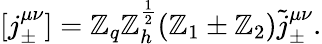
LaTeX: [j_{\pm}^{\mu\nu}]=\mathbb{Z}_{q}\mathbb{Z}_{h}^{\frac{{1}}{{2}}}(\mathbb{Z}_{1}\pm\mathbb{Z}_{2})\tilde{{j}}_{\pm}^{\mu\nu}.